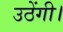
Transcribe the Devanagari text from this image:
उठेंगी।